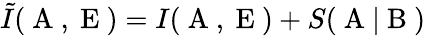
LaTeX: \tilde{I}(\mathrm{~A~},\mathrm{~E~})=I(\mathrm{~A~},\mathrm{~E~})+S(\mathrm{~A~}|\mathrm{~B~})